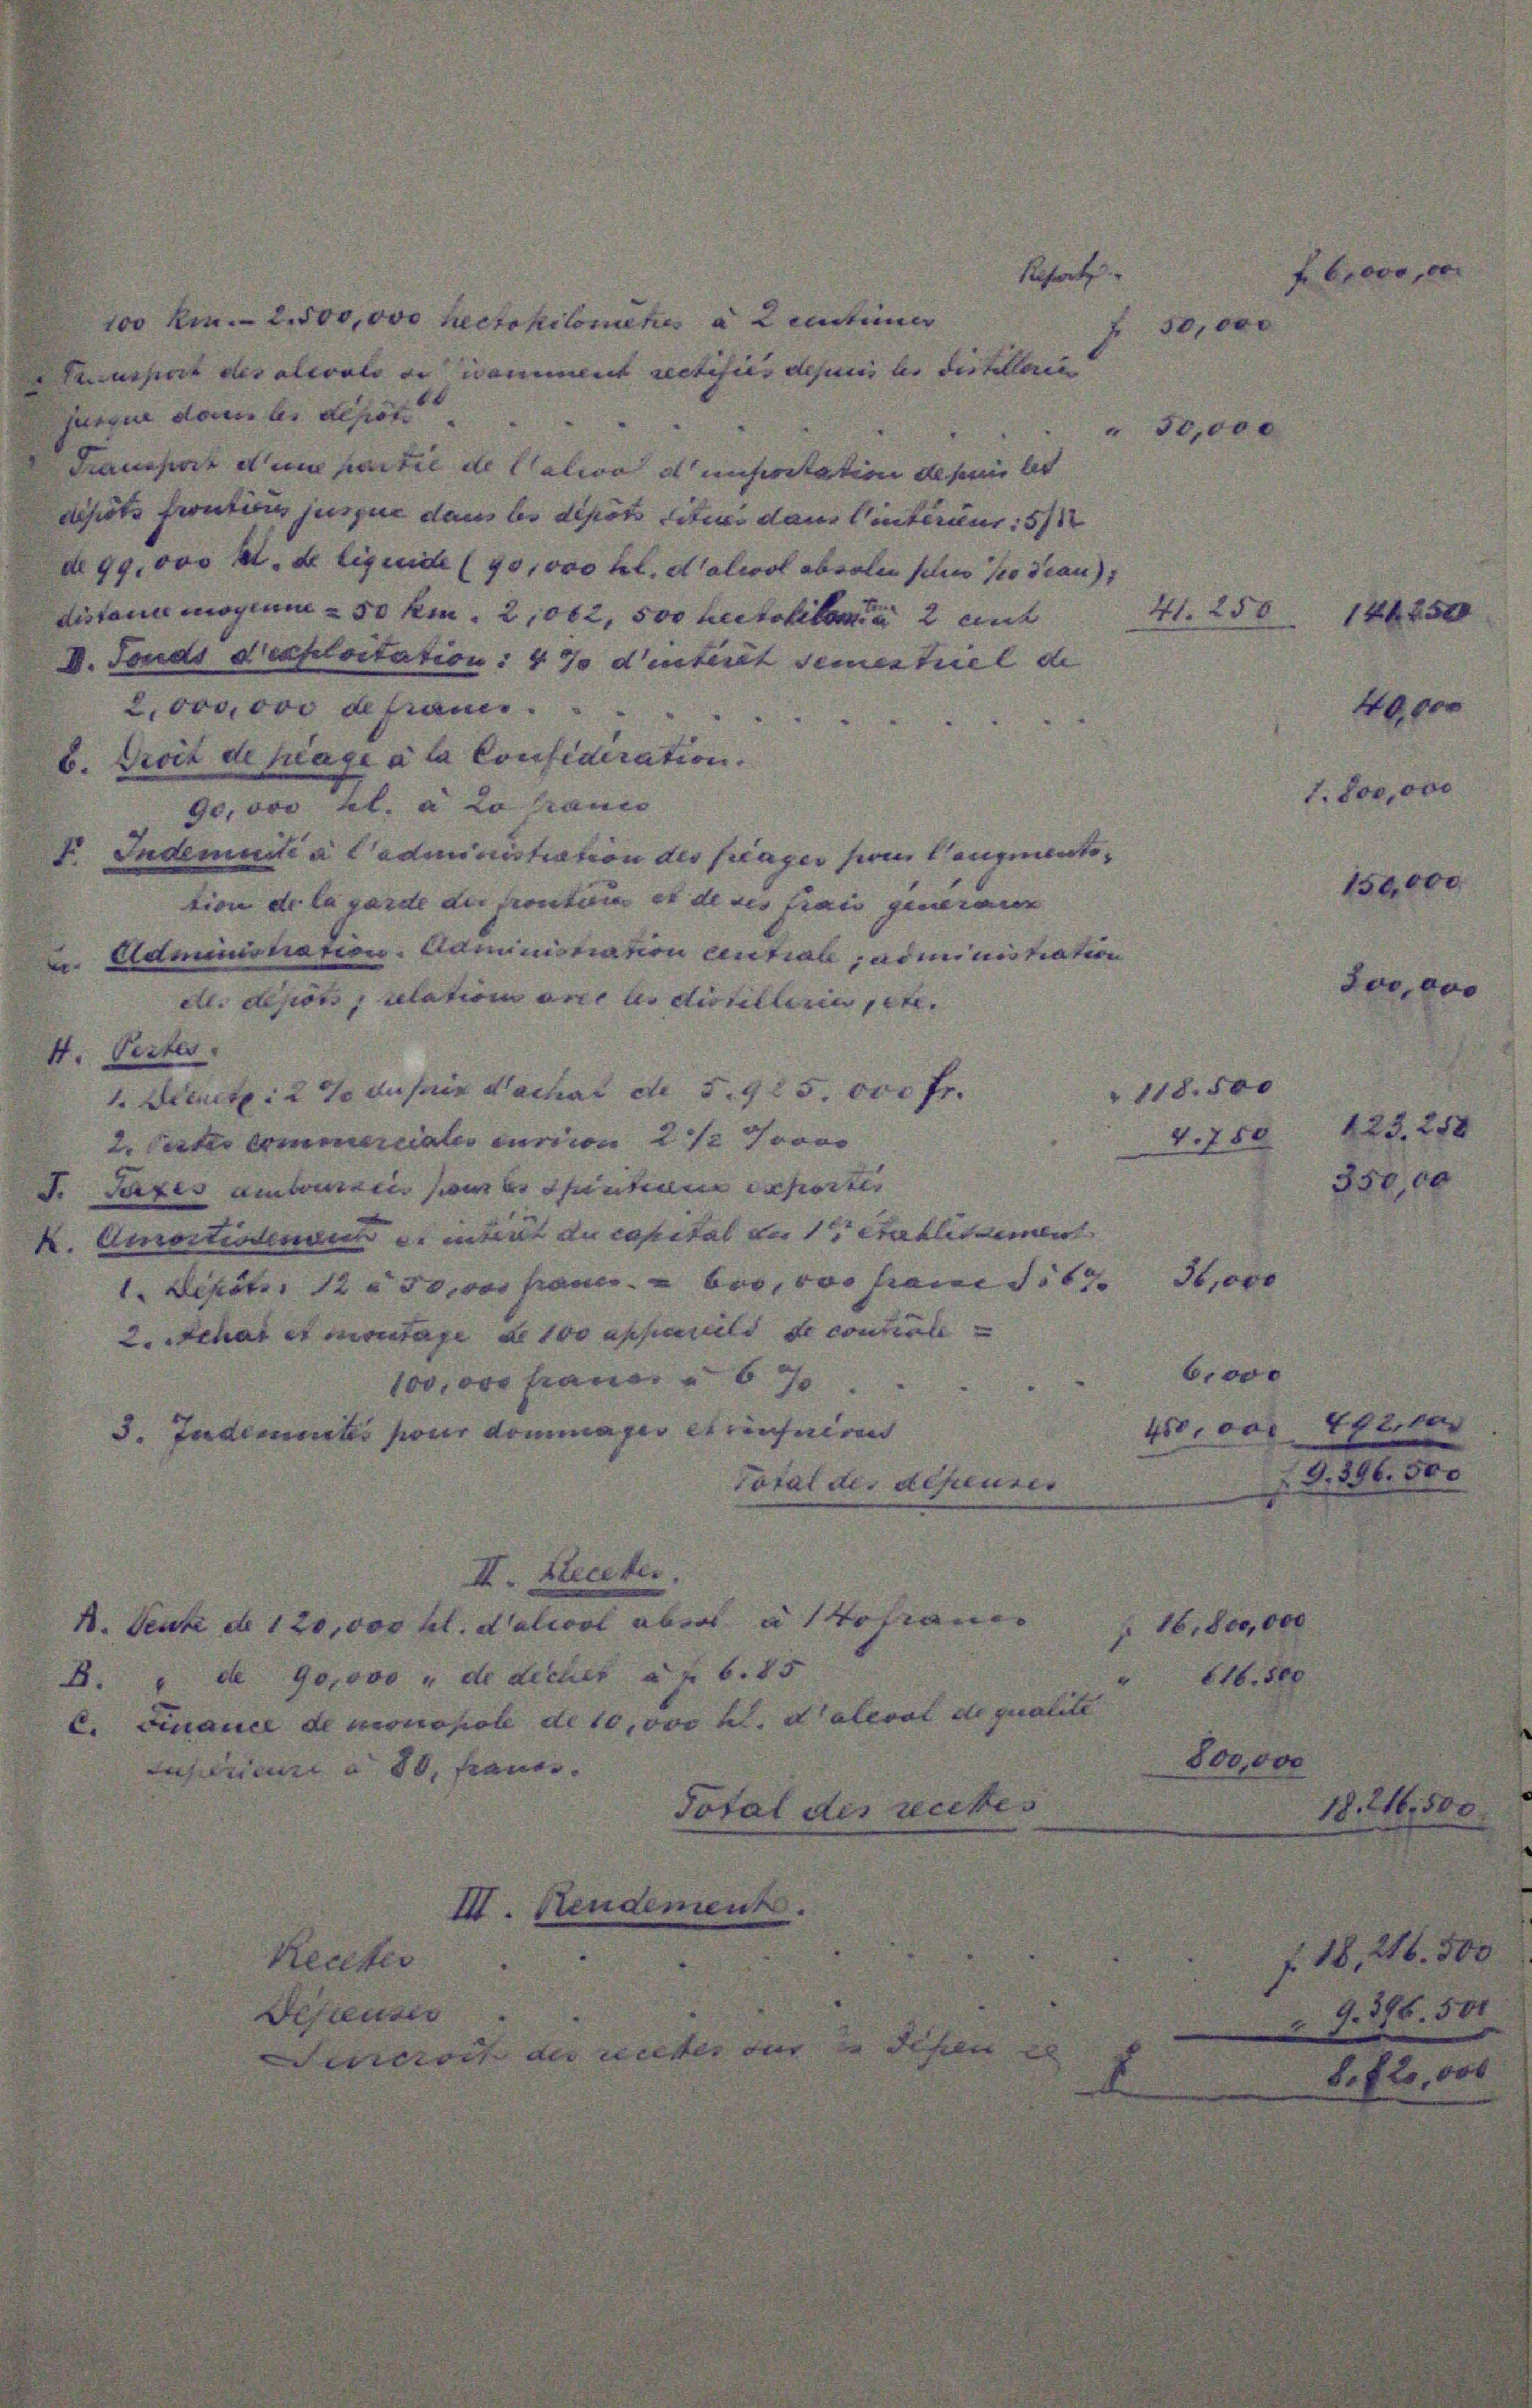
i partie de Calivo de miseritation desein let
depots fructions jusque dans les depots tituer dann intérieur: 5/
do 99,000 M. de liquide (90,000 hl. dalwol absolen scher so die
distand mogium & 50 km 2,062, 500 Metaliter 2 ent
I. Fonds d’exploitation: 4 % d’interet Semestriel de
2,000,000 defrau.
b. Droit de plage à la Consideration.
90,000 fl. a Lovranco
F. Indemuiti a Cadministration des frages sei augmen
tion de la garde der fronticia et de des frais generaner
. Adminionations-Administration centiale adminis ha
cl. depots ; relation avec les distilleries jetz
4. Pector.
1. Diert: 2 % ausnie Nachat de 5. 925.000 Fr.
2. Cetter commerciales curicon 21. 7 von
d. Taxes ambouriis sei es entium experter
k. Amortiodenen es intert du capital der 1 Etablissemen
1. Sept. 12. 30,000 France bei, von same Sit
2. Schat et montage de 100 appareils de contrale
100,000 Frauen 6
Tudemunter pour dommages et conferiren

10,

0

d

e

aticol
Lecher

d.